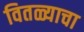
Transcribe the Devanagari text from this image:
वितळ्याचा